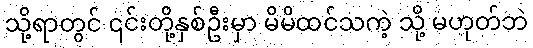
သို့ရာတွင် ၎င်းတို့နှစ်ဦးမှာ မိမိထင်သကဲ့ သို့ မဟုတ်ဘဲ